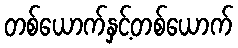
တစ်ယောက်နှင့်တစ်ယောက်